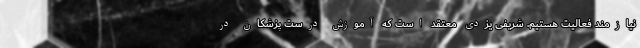
نیازمند فعالیت هستیم. شریفی یزدی معتقد است که آموزش درست پزشکان در